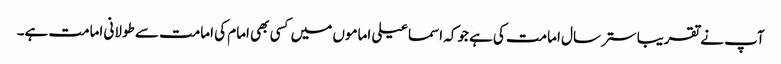
آپ نے تقریبا ستر سال امامت کی ہے جوکہ اسماعیلی اماموں میں کسی بھی امام کی امامت سے طولانی امامت ہے۔